Lunatic asylums Punjab 1911-1921 - 1911-1921
Year: 1911
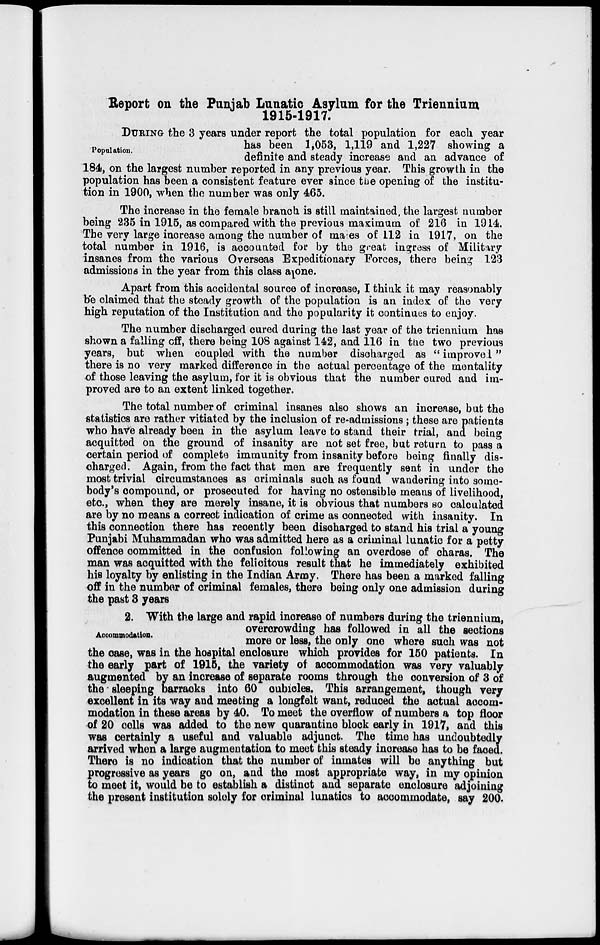
Report on the Punjab Lunatic Asylum for the Triennium
1915-1917.
Population.
DURING the 3 years under report the total population for each year
has been 1,053, 1,119 and 1,227 showing a
definite and steady increase and an advance of
184, on the largest number reported in any previous year. This growth in the
population has been a consistent feature ever since the opening of the institu-
tion in 1900, when the number was only 465.
The increase in the female branch is still maintained the largest number
being 235 in 1915, as compared with the previous maximum of 216 in 1914.
The very large increase among the number of males of 112 in 1917, on the
total number in 1916, is accounted for by the great ingress of Military
insanes from the various Overseas Expeditionary Forces, there being 123
admissions in the year from this class alone.
Apart from this accidental source of increase, I think it may reasonably
be claimed that the steady growth of the population is an index of the very
high reputation of the Institution and the popularity it continues to enjoy.
The number discharged cured during the last year of the triennium has
shown a falling off, there being 108 against 142, and 116 in the two previous
years, but when coupled with the number discharged as " improved"
there is no very marked difference in the actual percentage of the mentality
of those leaving the asylum, for it is obvious that the number cured and im-
proved are to an extent linked together.
The total number of criminal insanes also shows an increase, but the
statistics are rather vitiated by the inclusion of re-admissions ; these are patients
who have already been in the asylum leave to stand their trial, and being
acquitted on the ground of insanity are not set free, but return to pass a
certain period of complete immunity from insanity before being finally dis-
charged. Again, from the fact that men are frequently sent in under the
most trivial circumstances as criminals such as found wandering into some-
body's compound, or prosecuted for having no ostensible means of livelihood,
etc., when they are merely insane, it is obvious that numbers so calculated
are by no means a correct indication of crime as connected with insanity. In
this connection there has recently been discharged to stand his trial a young
Punjabi Muhammadan who was admitted here as a criminal lunatic for a petty
offence committed in the confusion following an overdose of charas. The
man was acquitted with the felicitous result that he immediately exhibited
his loyalty by enlisting in the Indian Army. There has been a marked falling
off in the number of criminal females, there being only one admission during
the past 3 years
Accommodation.
2. With the large and rapid increase of numbers during the triennium,
overcrowding has followed in all the sections
more or less, the only one where such was not
the case, was in the hospital enclosure which provides for 150 patients. In
the early part of 1915, the variety of accommodation was very valuably
augmented by an increase of separate rooms through the conversion of 3 of
the sleeping barracks into 60 cubicles. This arrangement, though very
excellent in its way and meeting a longfelt want, reduced the actual accom-
modation in these areas by 40. To meet the overflow of numbers a top floor
of 20 cells was added to the new quarantine block early in 1917, and this
was certainly a useful and valuable adjunct. The time has undoubtedly
arrived when a large augmentation to meet this steady increase has to be faced.
There is no indication that the number of inmates will be anything but
progressive as years go on, and the most appropriate way, in my opinion
to meet it, would be to establish a distinct and separate enclosure adjoining
the present institution solely for criminal lunatics to accommodate, say 200.